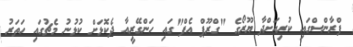
ފްރާންސްގައި ކުރިއަށްދާ ޔޫރޯގެ "ގްރޫޕް އެފް"ގައި ހަންގޭރީއާ ދެކޮޅަށް ކުޅުނު މެޗުގައި ހަތަރު